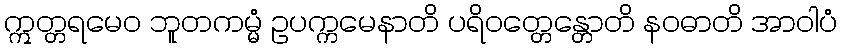
ဣတ္တရမေဝ ဘူတကမ္မံ ဥပက္ကမေနာတိ ပရိဝတ္တေန္တောတိ နဝဓာတိ အာဝါပံ